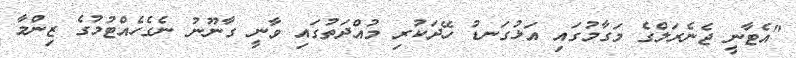
"އެޓާނީ ޖެނެރަލްގެ މަގާމުގައި އަޅުގަނޑު ހޭދަކުރި މުއްދަތުގައި ވާނީ ގާނޫނު ނެގެހެއްޓުމުގެ ޒިންމާ